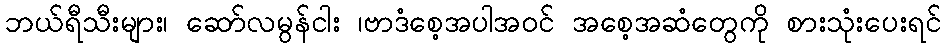
ဘယ်ရီသီးများ၊ ဆော်လမွန်ငါး ၊ဗာဒံစေ့အပါအဝင် အစေ့အဆံတွေကို စားသုံးပေးရင်